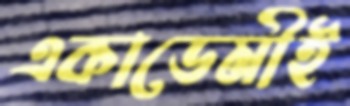
একাডেমীই